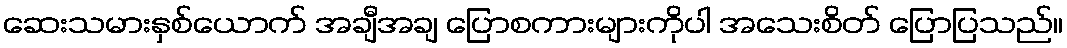
ဆေးသမားနှစ်ယောက် အချီအချ ပြောစကားများကိုပါ အသေးစိတ် ပြောပြသည်။